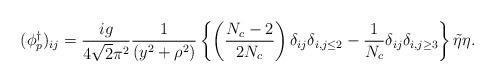
LaTeX: \begin{align*}(\phi^{\dagger}_{p})_{ij}=\frac{ig}{4\sqrt{2}\pi^2}\frac{1}{(y^2+\rho^2)}\left\{\left(\frac{N_c-2}{2N_c}\right)\delta_{ij}\delta_{i,j\leq2}-\frac{1}{N_c}\delta_{ij}\delta_{i,j\geq3}\right\}\tilde{\eta}\eta.\end{align*}